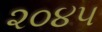
૨૦૪૫